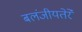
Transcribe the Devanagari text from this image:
बलंजीयतेरे